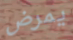
يمرض